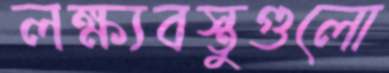
লক্ষ্যবস্তুগুলো